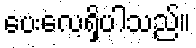
ပေးလေ့ရှိပါသည်။